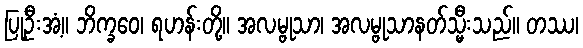
ပြုဦးအံ့။ ဘိက္ခဝေ၊ ရဟန်းတို့။ အလမ္ဗုသာ၊ အလမ္ဗုသာနတ်သ္မီးသည်။ တဿ၊